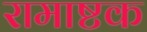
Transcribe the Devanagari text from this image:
रामाष्टक